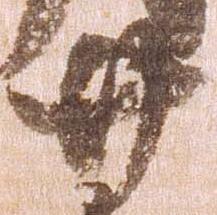
廿